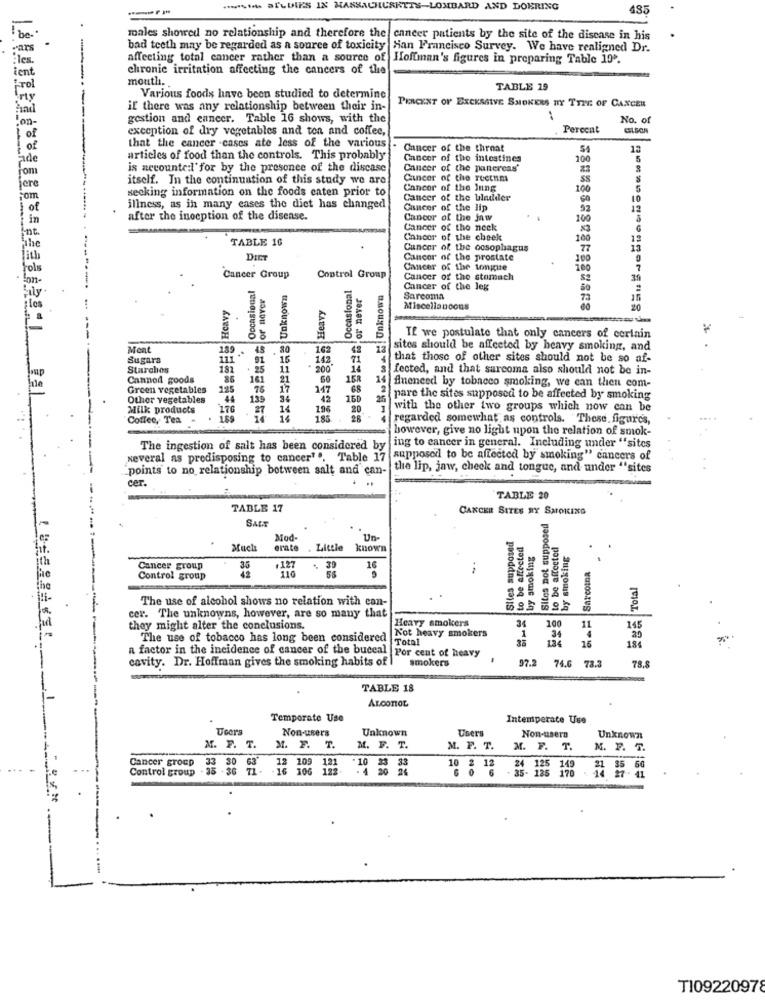
.si aILDIES IN MASSACHUSETTS-LOMBARD AND DOERING
males showed no relationship and therefore the cancer patients by the site of the disease in his
ars
bad teeth may be regarded as a source of toxicity
San Francisco Survey. We have realigned Dr.
les.
affecting total cancer rather than a source of
Hoffman's figures in preparing Table 10.
chronic irritation affecting the cancers of the
ent
mouth.
rol
TABLE 19
Various foods have been studied to determine
if there was any relationship between their in-
PERCENT OF EXCESSIVE SMOKERS NY TTIV. OF CANCER
gestion and cancer. Table 16 shows, with the
No. of
exception of dry vegetables and ten and coffee,
Perecnt
of
of
that the cancer .cases ate less of the various
Cancer of the throat
12
articles of food than the controls. This probably
Cancer of the intestines
100
5
is accounte:l'for by the presence of the discase
Cancer of the pancreas'
Fom
itself. In the continuation of this study we are
Cancer of the rectum
SS
8
secking information on the foods caten prior to
Cancer of the lung
100
5
Cancer of the bladder
10
illness, as in many cases the diet has changed
Cancer of the lip
22
12
after the inception of the disease.
Cancor of the jaw
100
Cancer of the neck
TABLE 16
Cancer of the cheek
100
12
Cancer of the ocsophagus
77
13
DIET
Cancer of the prostate
100
Cancer of the tonite
100
7
Cancer Group
Control Group
Cancer of the stomach
39
Occasional
or naver
Unknown
Occasional
Cancer of the Jeg
Sarcoma
73
Heavy
Heavy
Miscellaneous
20
88 5
If we postulate that only cancers of cerinin
Ment
189
45
80
162
42
12
sites should be affected by heavy smoking, and
Sugars
111 "
91
15
142
71
that those of other sites should not be so af-
Starches
181
25
11
200"
fected, and that sarcoma also should not be in-
Canned goods
86
161
21
50
158
Green vegetables
125
75
17
117
68
14 fineneed by tobacco smoking, we can then com-
Other vegetables
44
139
34
42
26
pare the sites supposed to be affected by smoking
Milk products
176
27
14
196
20
with the other two groups which now can be
Coffee, Tea
189
14
1.83
regarded somewhat as controls. These, figure's,
however, give no light upon the relation of smok-
The ingestion of salt has been considered by
ing to cancer in general. Including under "sites
several as predisposing to cancer"", Table 17
supposed to be affected by smoking" cancers of
"points to no relationship between salt and can-
the lip, jaw, check and tongue, and under "sites
cer.
TABLE 20
TABLE 17
CANCER SITES RY SMOKING
SALE
Sites not supposed
Mod-
Un-
Siles supposed
to be affected
lo be affected
Much
erate
Little
known
by smoking
by smoking
Sarcoma
Cancer group
35
.127
110
. 39
56
16
Control group
42
Total
The use of alcohol shows no relation with ean-
cer. The unknowns, however, are so many that
Heavy smokers
100
they might alter the conclusions.
Not heavy smokers
34
4
11
145
The use of tobacco has long been considered
Total
1
134
16
184
cavity. Dr. Hoffman gives the smoking habits of I
a factor in the incidence of cancer of the buccal Por cent of heavy
smokers
97.2
74.6
78.8
TABLE 18
ALCOHOL
Temporate Use
Intemperate Use
Users
Non-users
Unknown
Users
Non-usera
Unknown
M. F. T.
M. F. T.
M. F. T.
M. F. T.
M. F. T.
M. F. T.
Cancer group
Control group .
-38 -36 71- - 16 106 123
10 % 2
10 2 12
35- 185 1
T109220978